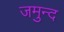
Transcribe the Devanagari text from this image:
जमुन्द